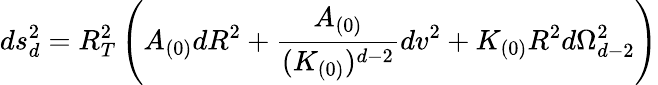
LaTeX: ds_{d}^{2}=R_{T}^{2}\left(A_{(0)}dR^{2}+\frac{A_{(0)}}{(K_{(0)})^{d-2}}dv^{2}+K_{(0)}R^{2}d\Omega_{d-2}^{2}\right)